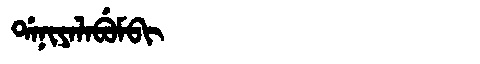
Manchu: ᡩᠠᠨᡳᠶᠠᠯᠠᠪᡠᠮᠪᡳ
Romanization: DANIYALABUMBI